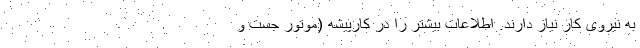
به نیروی کار نیاز دارند. اطلاعات بیشتر را در کارپیشه (موتور جست و